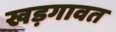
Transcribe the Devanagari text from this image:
खड़गावत